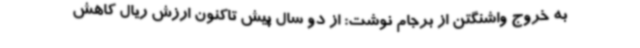
به خروج واشنگتن از برجام نوشت: از دو سال پیش تاکنون ارزش ریال کاهش